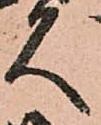
久